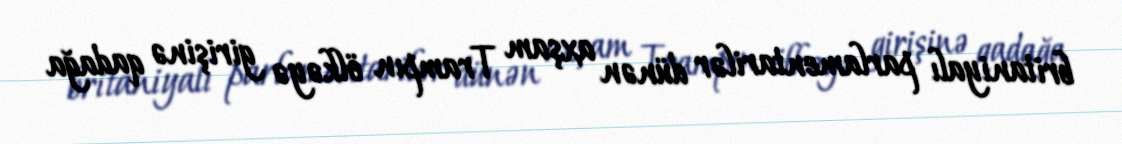
britaniyalı parlamentarilər dünən axşam Trampın ölkəyə girişinə qadağa